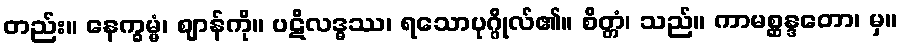
တည်း။ နေက္ခမ္မံ၊ ဈာန်ကို။ ပဋိလဒ္ဓဿ၊ ရသောပုဂ္ဂိုလ်၏။ စိတ္တံ၊ သည်။ ကာမစ္ဆန္ဒတော၊ မှ။